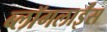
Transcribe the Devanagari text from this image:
ब्लॉगलाईंस